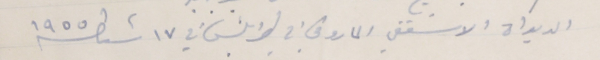
الديوان الاسَقفي الماروني في طربلس في ١٧ شباط سنة ١٩٥٥